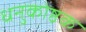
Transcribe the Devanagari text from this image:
धनुकोष्ठक